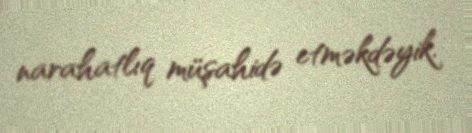
narahatlıq müşahidə etməkdəyik.